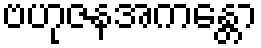
ဗဟုဇနအကန္တော